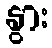
နွား